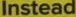
Instead